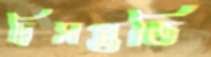
দ্বিসপ্ততি